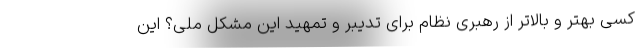
کسی بهتر و بالاتر از رهبری نظام برای تدیبر و تمهید این مشکل ملی؟ این